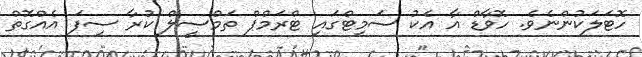
ހޮޓަލަކުންނެވެ. ހޮވާޑް އާ އެކު ސަމިޓްގައި ޓްރަމްޕް ތަމްސީލް ކުރާ ސިފަ އެއްގޮތް